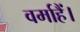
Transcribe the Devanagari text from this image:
वर्माहैं।